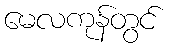
မေလကုန်တွင်